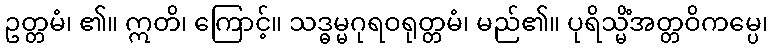
ဥတ္တမံ၊ ၏။ ဣတိ၊ ကြောင့်။ သဒ္ဓမ္မဂုရဝရုတ္တမံ၊ မည်၏။ ပုရိသ္မိံအတ္တဝိကမ္ပေ၊